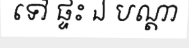
ទៅ ផ្ទះ ឯ បណ្តា